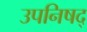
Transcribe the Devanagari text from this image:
उपनिषद्‍